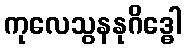
ကုလေသွနနုဂိဒ္ဓေါ